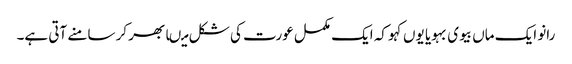
رانو ایک ماں بیوی بہویا یوں کہو کہ ایک مکمل عورت کی شکل میںابھر کر سامنے آتی ہے۔